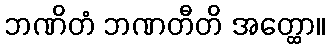
ဘဏိတံ ဘဏတီတိ အတ္ထော။